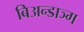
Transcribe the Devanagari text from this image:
बिअन्डाञ्ग